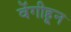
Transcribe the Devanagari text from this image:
वेंगीहून